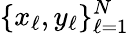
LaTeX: \{ x_{\ell},y_{\ell}\} _{\ell=1}^{N}